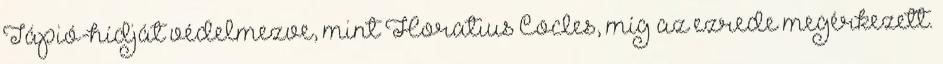
Tápió-hídját védelmezve, mint Horatius Cocles, míg az ezrede megérkezett.